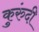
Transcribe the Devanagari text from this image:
कुरुंदी